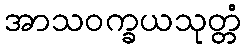
အာသဝက္ခယသုတ္တံ